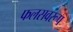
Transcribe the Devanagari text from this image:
फलसवरूप